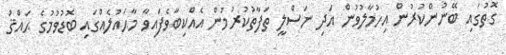
ގޮތުގައި ބޭނުންކުރުން އިހުމާލުވުން އަދި ނަސްލީ ތަފާތުކުރުމުން އެއްކިބާވެފައިވާ މާޙައުލެއްގައި ބޮޑުވުމުގެ ޙައްޤު